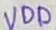
Text: VDD